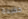
حفيدة